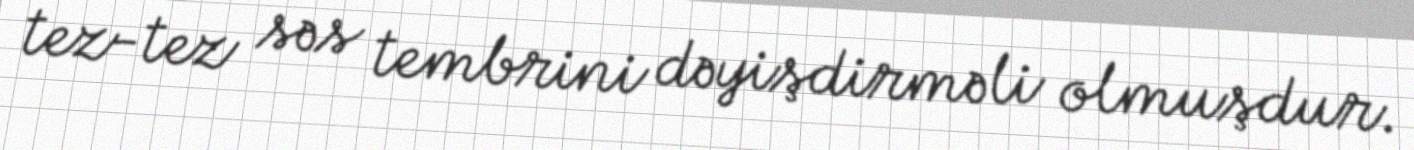
tez-tez səs tembrini dəyişdirməli olmuşdur.